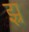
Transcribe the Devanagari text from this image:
झ्र